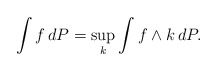
\begin{align*}\int f\,dP=\sup_k\int f\wedge k\,dP.\end{align*}